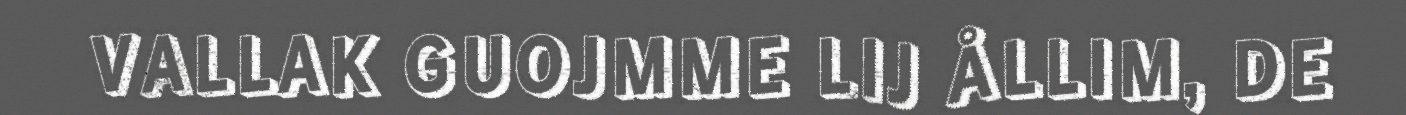
VALLAK GUOJMME LIJ ÅLLIM, DE